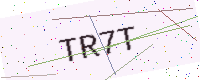
Text: TR7T